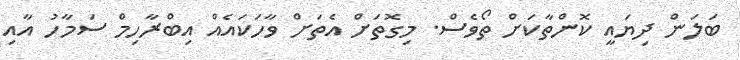
ބަލަން ދިޔައީ ކޮންތާކަށް ތޯވެސް. މިގޮތަށް އެތަށް ވާހަކައެއް އިބްރާހިމް ސަމާހު އާއި